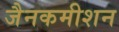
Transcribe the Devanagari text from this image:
जैनकमीशन